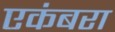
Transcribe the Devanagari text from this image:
एकंबरा